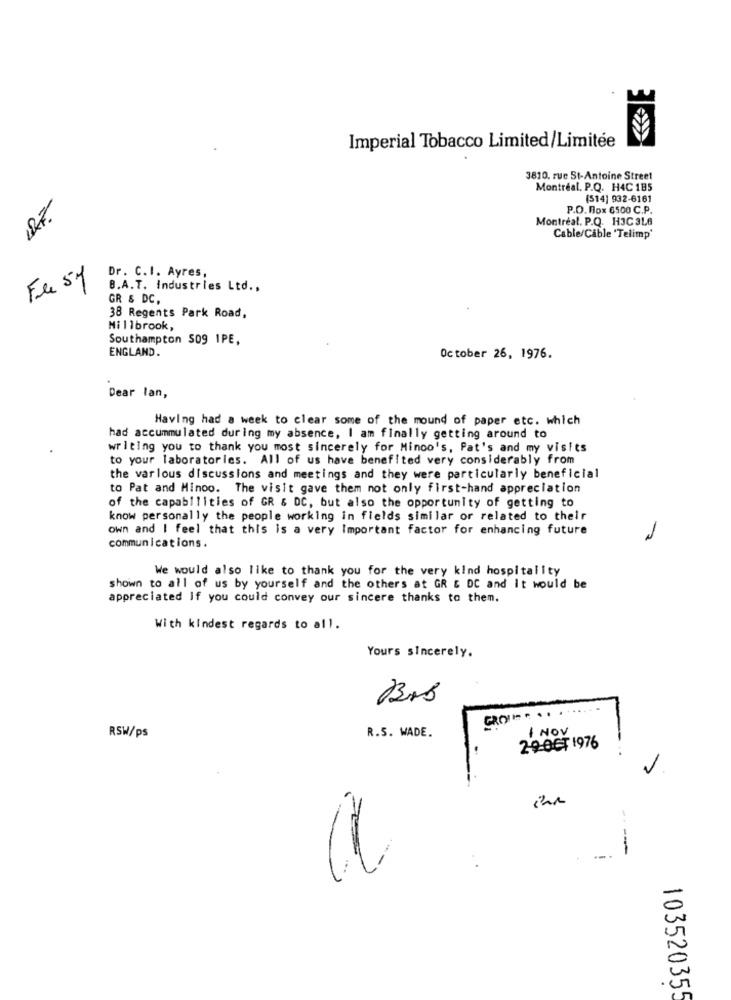
Imperial Tobacco Limited/Limitée
3810, rue St-Antoine Street
Montréal. P.Q. H4C 185
(514] 932-6161
P.O. Box 6500 C.P.
Montreal. P.Q. H3C 3LB
Cable/Cable 'Telimp'
Fue 57
Dr. C.I. Ayres,
B.A.T. Industries Ltd .,
GR & DC,
38 Regents Park Road,
Millbrook,
Southampton 509 IPE,
ENGLAND.
October 26, 1976.
Dear lan,
Having had a week to clear some of the mound of paper etc. which
had accummulated during my absence, I am finally getting around to
writing you to thank you most sincerely for Minco's, Pat's and my visits
to your laboratories. All of us have benefited very considerably from
the varlous discussions and meetings and they were particularly beneficial
to Pat and Minoo. The visit gave them not only first-hand appreciation
of the capabilities of GR & DC, but also the opportunity of getting to
know personally the people working in fields similar or related to their
own and I feel that this is a very Important factor for enhancing future
1
communications.
We would also like to thank you for the very kind hospitality
shown to all of us by yourself and the others at GR & DC and It would be
appreciated If you could convey our sincere thanks to them.
With kindest regards to all.
Yours sincerely.
Brb
R.S. WADE.
1 NOV
RSW/ps
2-9-067 1976
ihn
----
-
10352035